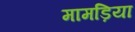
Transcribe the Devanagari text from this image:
मामड़िया